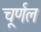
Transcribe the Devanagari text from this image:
चूर्णल